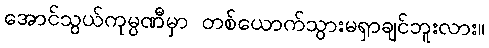
အောင်သွယ်ကုမ္ပဏီမှာ တစ်ယောက်သွားမရှာချင်ဘူးလား။